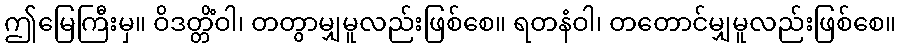
ဤမြေကြီးမှ။ ဝိဒတ္တိံဝါ၊ တတွာမျှမူလည်းဖြစ်စေ။ ရတနံဝါ၊ တတောင်မျှမူလည်းဖြစ်စေ။